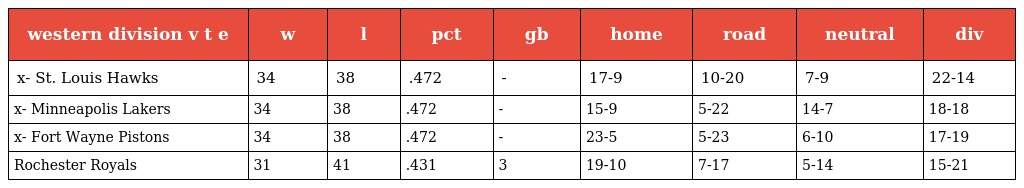
| western division v t e | w | l | pct | gb | home | road | neutral | div |
 | --- | --- | --- | --- | --- | --- | --- | --- | --- |
 | x- St. Louis Hawks | 34 | 38 | .472 | - | 17-9 | 10-20 | 7-9 | 22-14 |
 | x- Minneapolis Lakers | 34 | 38 | .472 | - | 15-9 | 5-22 | 14-7 | 18-18 |
 | x- Fort Wayne Pistons | 34 | 38 | .472 | - | 23-5 | 5-23 | 6-10 | 17-19 |
 | Rochester Royals | 31 | 41 | .431 | 3 | 19-10 | 7-17 | 5-14 | 15-21 |